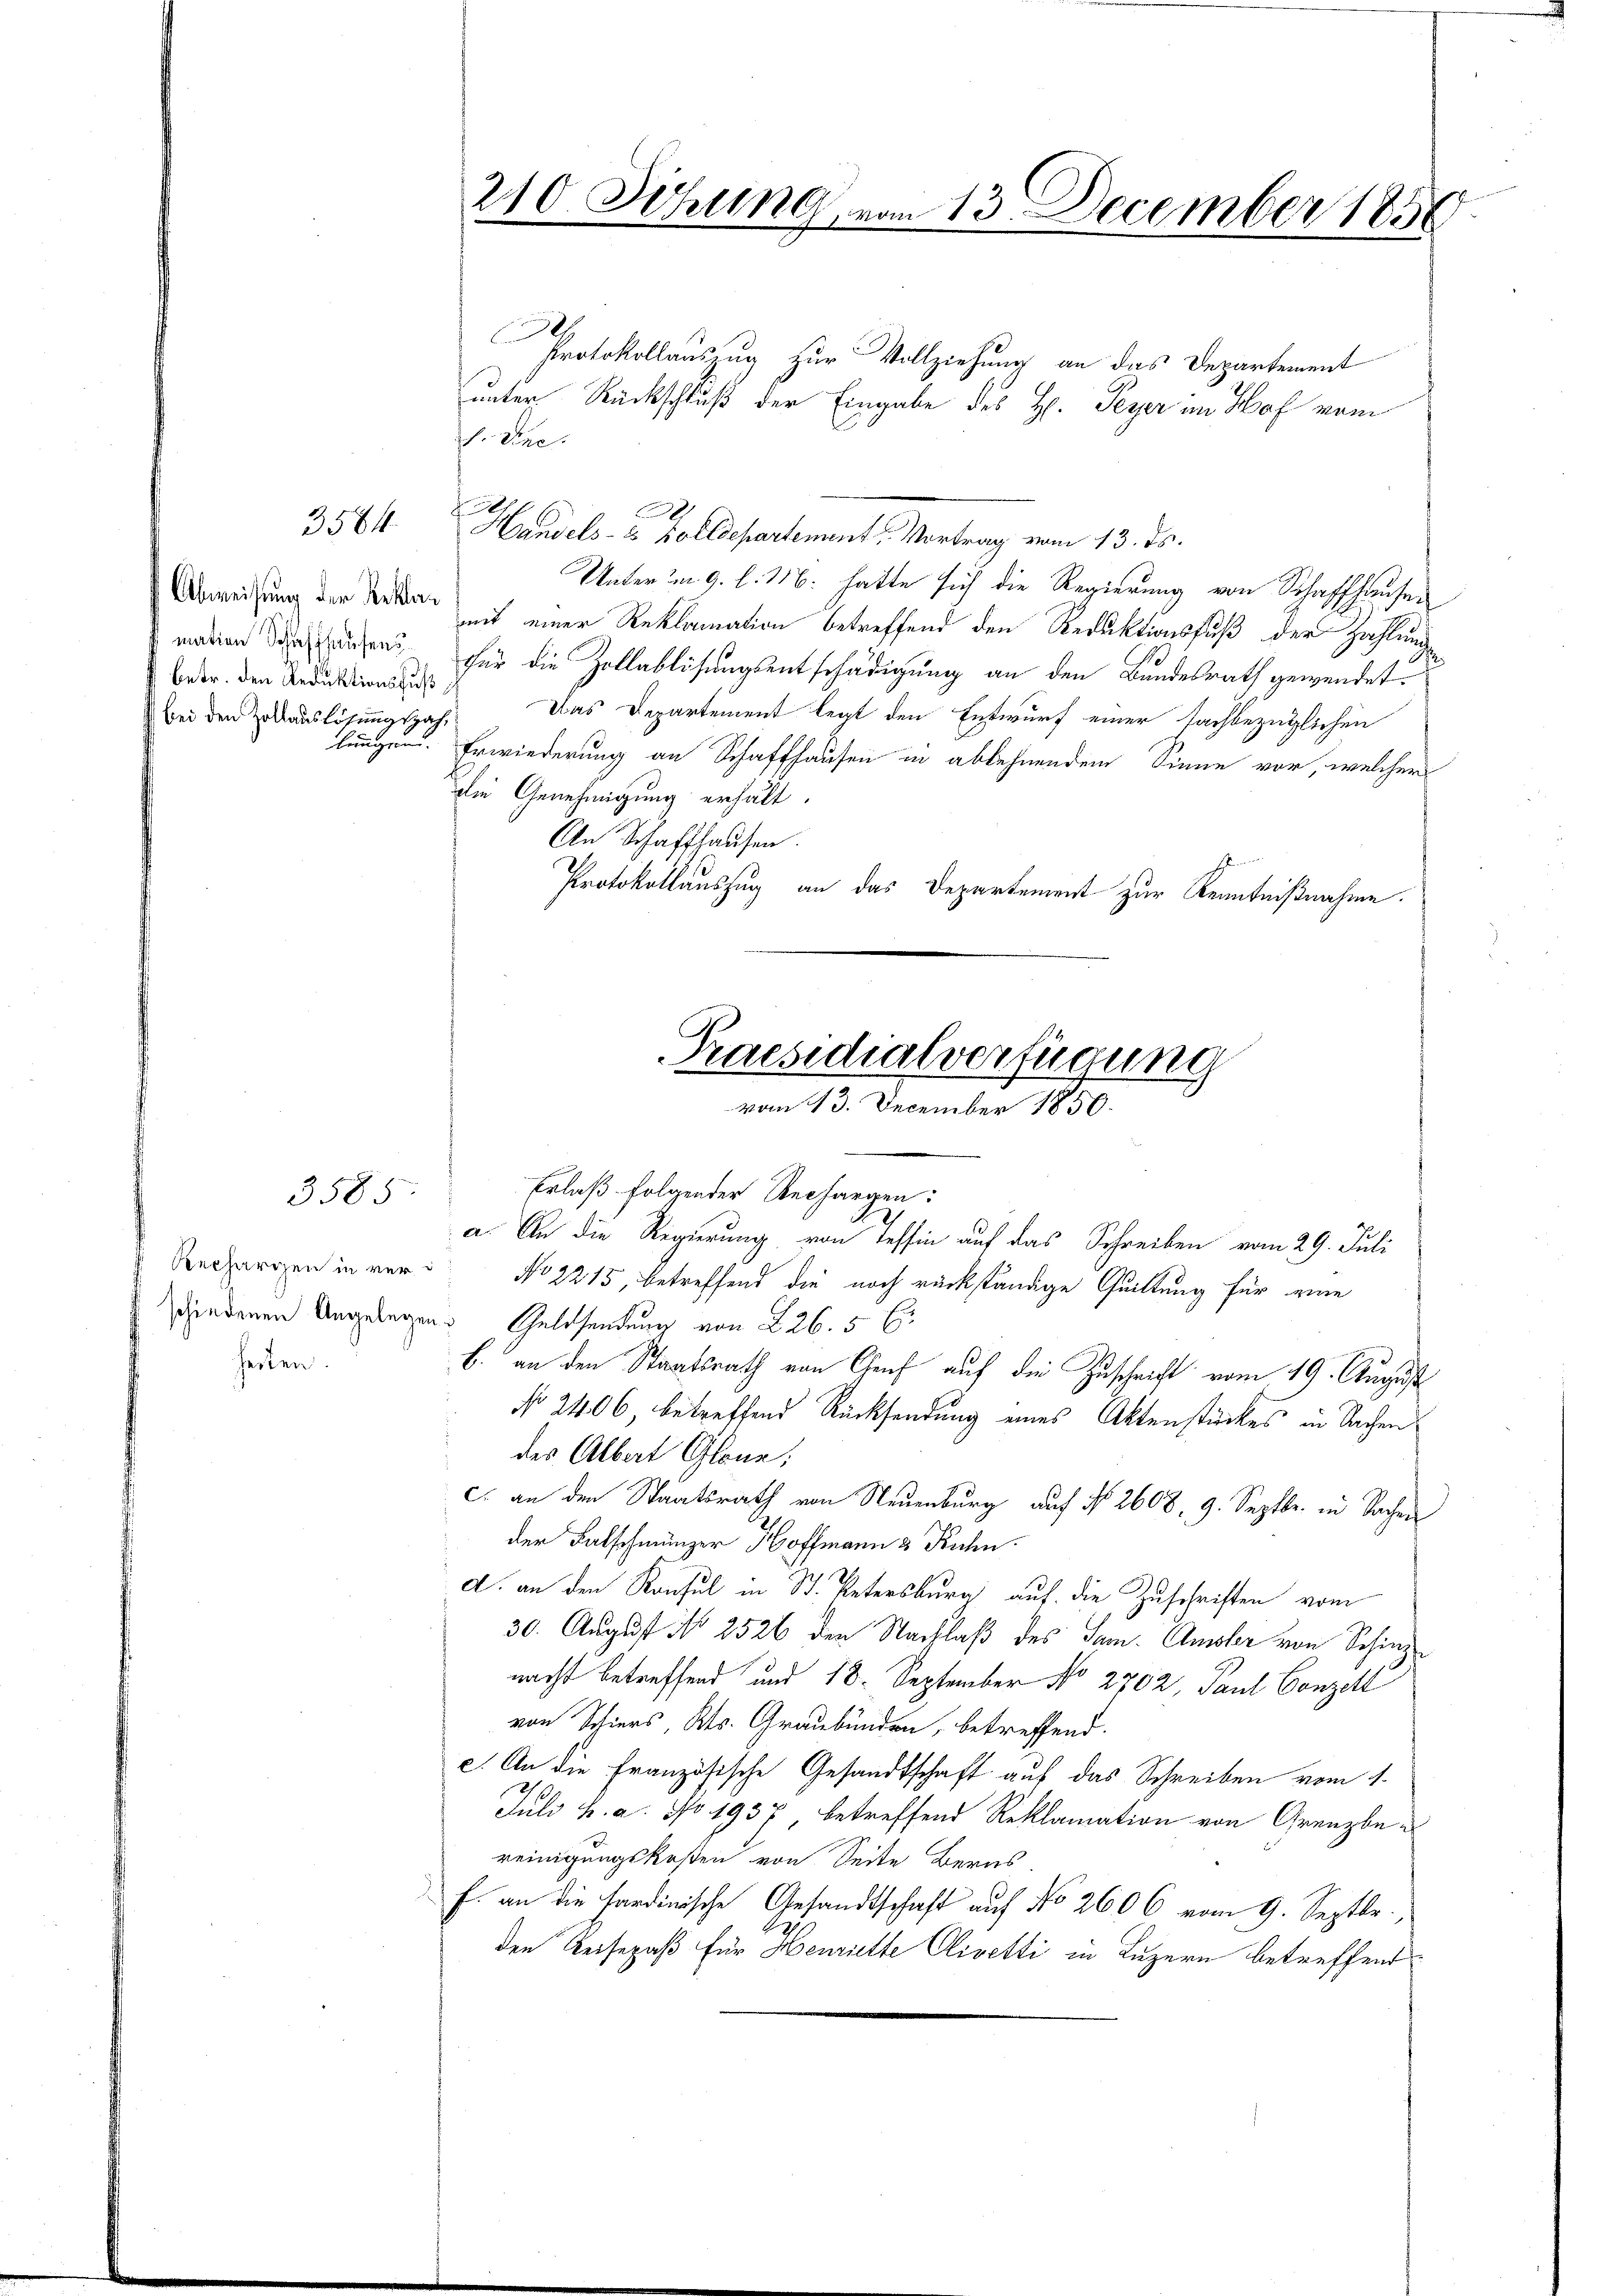
Abweisung der Rekla
betr. den Reduktionsfuß
bei den Zollauslösungszahlungen.

Rechargen in verheiten.

3505

.
Protokollauszug zur Vollziehung an das Departement
unter Rückschluß der Eingabe des H. Peyer im Hof vom
h. Vene
3564 Handels- u. Zolldepartement. Vortrag vom 13. ds.
Unter um 9. l. M. hatte sich die Regierung von Schaffhausen
mit einer Reklamation betreffend den Reduktionsfuß der Zahlung
marien diesen für die Zollablösungsentschädigung an den Bundesrath gewendet.
Das Departement legt den Entwurf einer sachbezüglichen
Erwiederung an Schaffhausen in ablehnendem Sinne vor, welcher
die Genehmigung erhält.
An Schaffhausen.
Protokollauszug an das Departement zur Kenntnißnahme.

210. Sitzung, vom 13. December 1858

t

Praesidialverfügung
vom 13. December 1850.

Erlaß folgender Rechargen:
a. An die Regierung von Tessin auf das Schreiben vom 29. Juli
No 2215 betreffend die noch rückständige Quittung für eine
dedenen Angelegen Geldsendung von 2265 C.
b. an den Staatsrath von Genf auf die Zuschrift vom 19. August
No 2406, betreffend Rücksendung eines Aktenstückes in Sachen
des Albert Glane,
c. an den Staatsrath von Neuenburg auf No 2608, 9. Septbr. in Sachen
der Falschmänzer Hoffmann 3 Kuhn
d. an den Konsul in St. Petersburg auf die Zuschriften vom
30. August No 2526 den Nachlaß des Sam. Amsler von Schinz
nacht betreffend und 18. September No 2702, Paul Conzell
von Schiers Kts. Graubünden, betreffend.
c. An die französische Gesandtschaft auf das Schreiben vom 1.
Juli h. a. No 1937, betreffend Reklamation von Grenzbe
reinigungskosten von Seite Berns
f. an die hardinische Gesandtschaft auf No 2606 vom 9. Septbr.,
den Reisepaß für Henriette Olivetti in Luzern betreffend